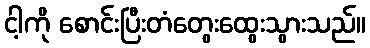
ငါ့ကို စောင်းပြီးတံတွေးထွေးသွားသည်။